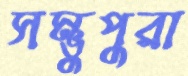
সম্ভুপুরা